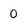
Character: 0